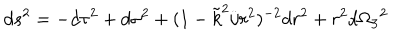
d s ^ { 2 } = - d \tau ^ { 2 } + d \sigma ^ { 2 } + ( 1 - \tilde { k } ^ { 2 } / r ^ { 2 } ) ^ { - 2 } d r ^ { 2 } + r ^ { 2 } d \Omega _ { 3 } { } ^ { 2 }